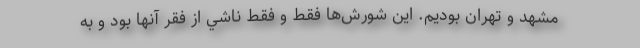
مشهد و تهران بوديم. اين شورش‌ها فقط و فقط ناشي از فقر آنها بود و به